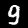
Label: 9